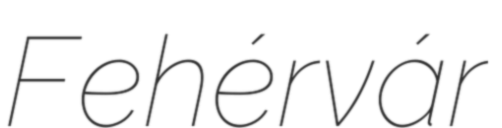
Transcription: Fehérvár